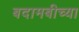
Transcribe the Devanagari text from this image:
बदामबीच्या